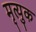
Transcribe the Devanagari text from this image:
मृत्युक